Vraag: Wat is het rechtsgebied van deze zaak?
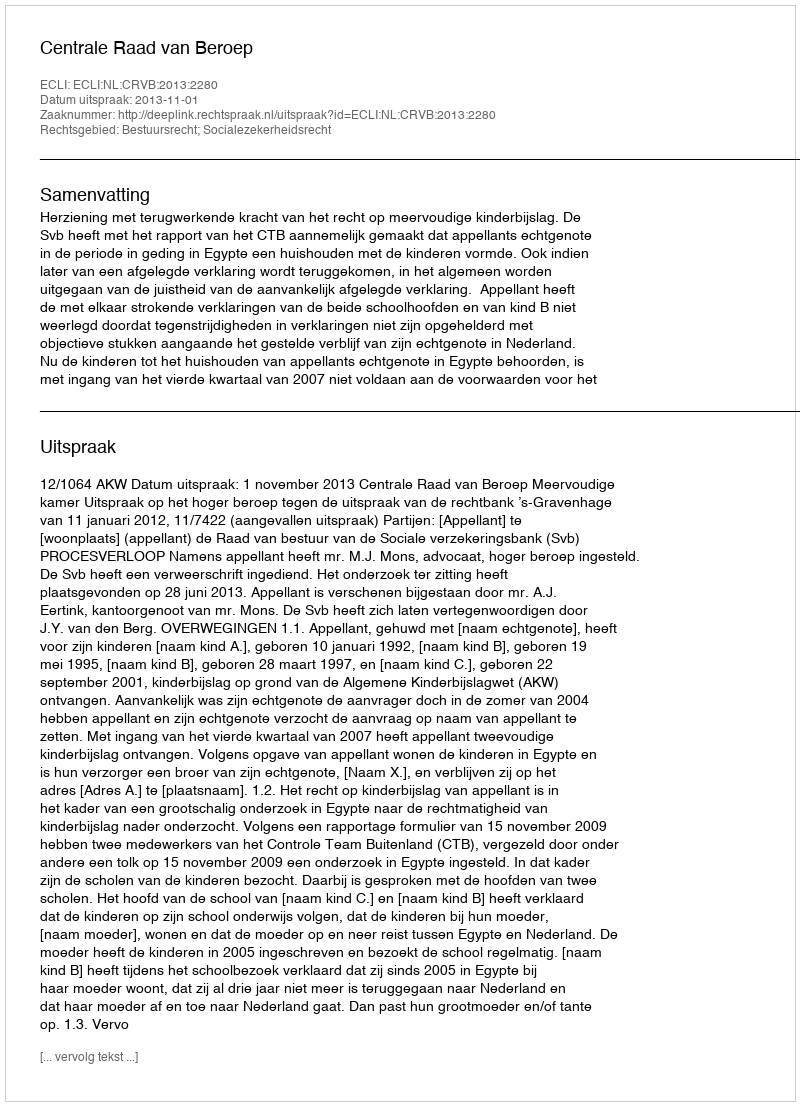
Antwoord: Bestuursrecht; Socialezekerheidsrecht